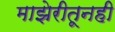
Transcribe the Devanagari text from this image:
माझेरीतूनही